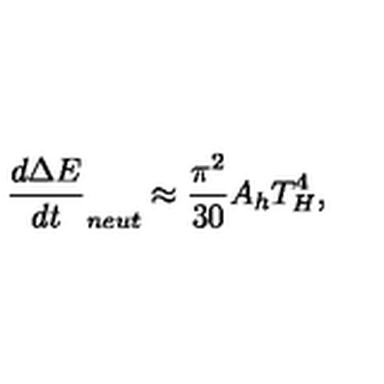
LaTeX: \frac { d \Delta E } { d t } _ { n e u t } \approx \frac { \pi ^ { 2 } } { 3 0 } A _ { h } T _ { H } ^ { 4 } ,